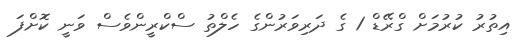
އިތުރު ކުރުމަށް ގްރޭޑް 1 ގެ ދަރިވަރުންގެ ހެލްތު ސްކްރީންވެސް ވަނީ ކޮށްފަ